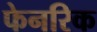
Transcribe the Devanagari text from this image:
फेनरिक